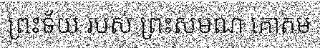
ព្រះទ័យ របស់ ព្រះសមណ គោតម